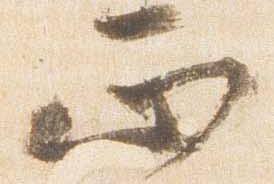
正